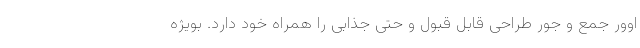
اوور جمع و جور طراحی قابل قبول و حتی جذابی را همراه خود دارد. بویژه